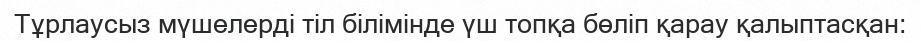
Тұрлаусыз мүшелерді тіл білімінде үш топқа бөліп қарау қалыптасқан: